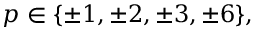
p \in \{ \pm 1 , \pm 2 , \pm 3 , \pm 6 \} ,